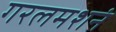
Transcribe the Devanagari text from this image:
गरलमशनं